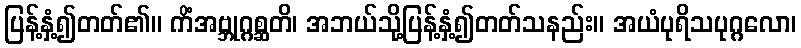
ပြန့်နှံ့၍တတ်၏။ ကိံအဗ္ဘုဂ္ဂစ္ဆတိ၊ အဘယ်သို့ပြန့်နှံ့၍တတ်သနည်း။ အယံပုရိသပုဂ္ဂလော၊